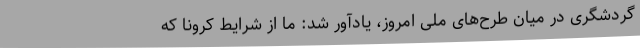
گردشگری در میان طرح‌های ملی امروز، یادآور شد: ما از شرایط کرونا که